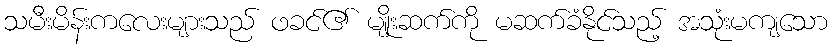
သမီးမိန်းကလေးများသည် ဖခင်၏ မျိုးဆက်ကို မဆက်ခံနိုင်သည့် အသုံးမကျသော